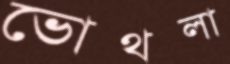
ভোথলা